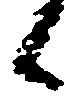
日